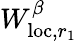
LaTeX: W_{\mathrm{loc},r_{1}}^{\beta}